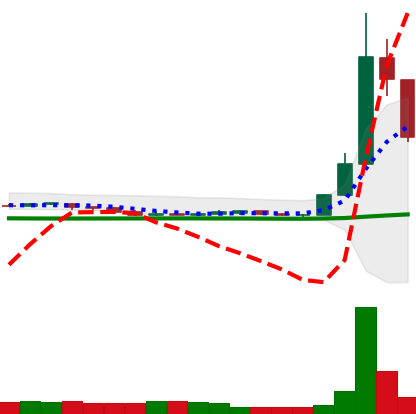
Ticker: DOGE-USD
Chart end date: 2020-07-10
Forward return: -12.233%
Label: down_7plus